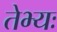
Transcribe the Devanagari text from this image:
तेभ्यः